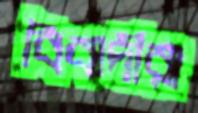
বিবাদীরা